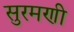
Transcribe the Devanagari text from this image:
सुरमणी